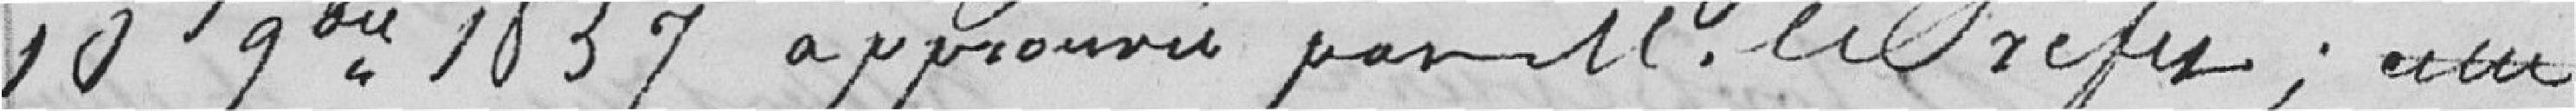
10 9bre (novembre) 1837 approuvé par M. le Préfet ; cette